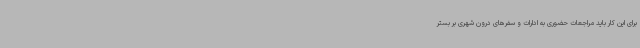
برای این کار باید مراجعات حضوری به ادارات و سفرهای درون شهری بر بستر